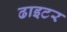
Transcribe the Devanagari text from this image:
ढाइटर